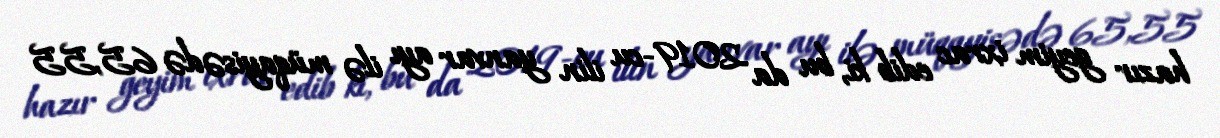
hazır geyim ixrac edib ki, bu da 2019-cu ilin yanvar ayı ilə müqayisədə 65,55